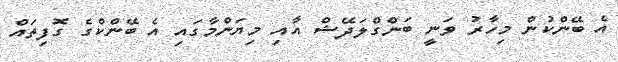
އެ ބޭންކުން މިހާރު ވަނީ ބަންގްލަދޭޝް އާއި މިޔަންމާގައި އެ ބޭންކްގެ ގޮފިތައް